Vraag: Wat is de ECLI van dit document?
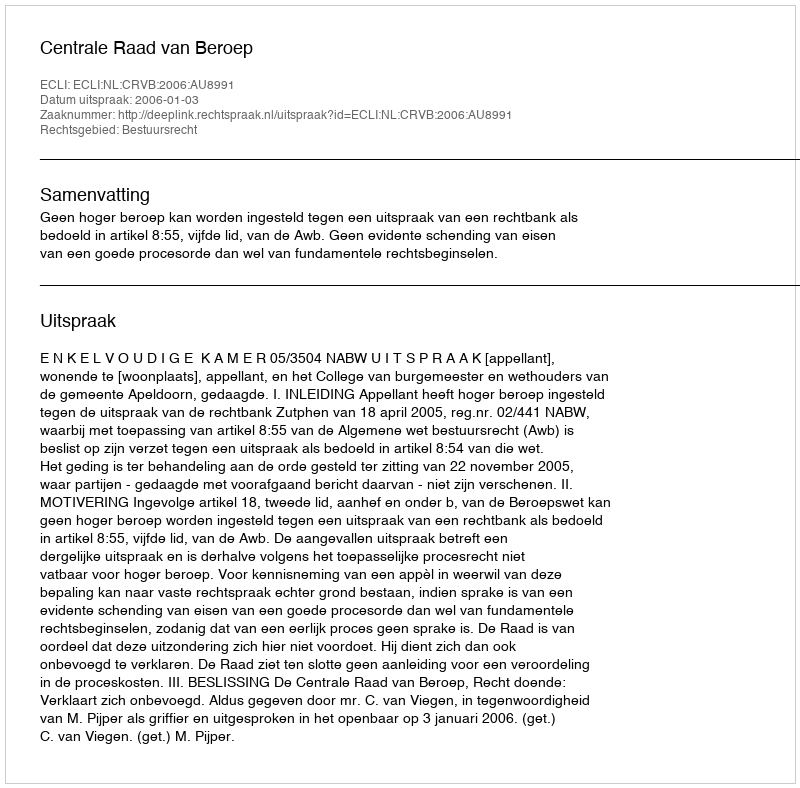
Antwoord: ECLI:NL:CRVB:2006:AU8991